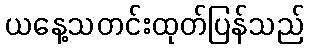
ယနေ့သတင်းထုတ်ပြန်သည်